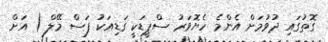
ގޮތުގައި ދުވުމަށް އެންމެ ހެޔޮވަރު ސްޕީޑަކީ ގަޑިއަކު ފަސް މޭލް ( އަށް